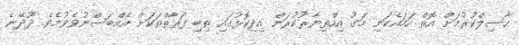
ހާސިލްކުރުމަށް އޮތް ހަމައެކަނި މަގު އިހްތިޔާރުކުރަން އިދިކޮޅުގައި ތިބި ފަރާތްތަކަށް އެއްބަސްނުވެވުމެވެ. ދޫދޭނެ